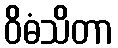
ဝိဓံသိတာ